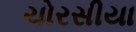
ચોરસીયા